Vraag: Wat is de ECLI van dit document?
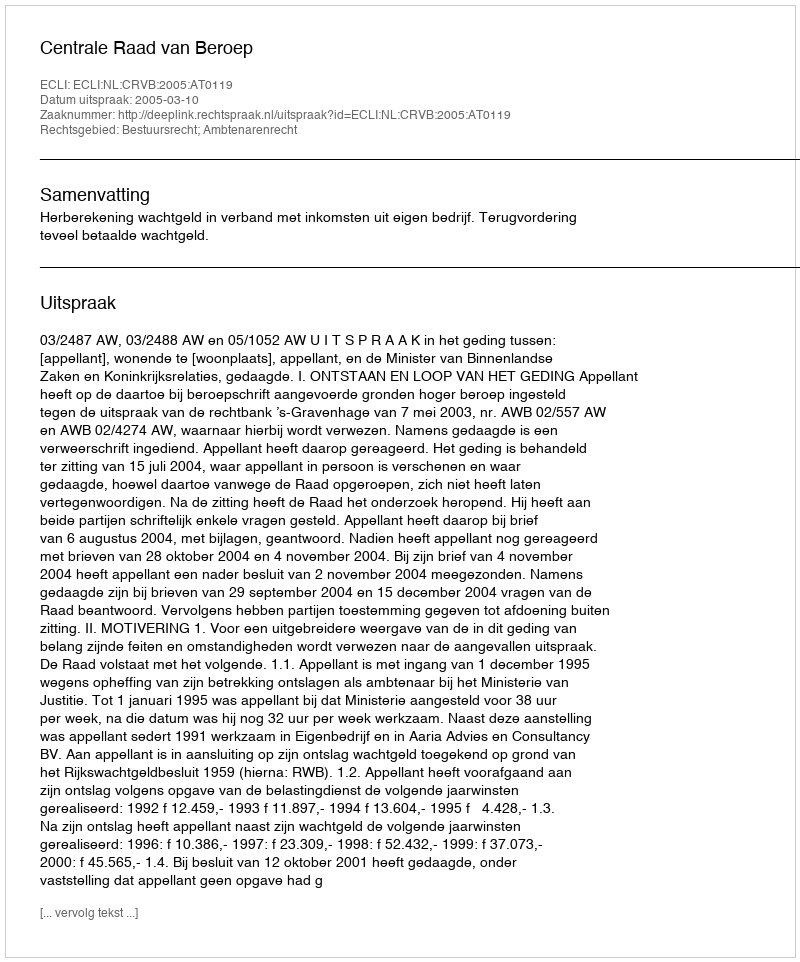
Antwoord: ECLI:NL:CRVB:2005:AT0119